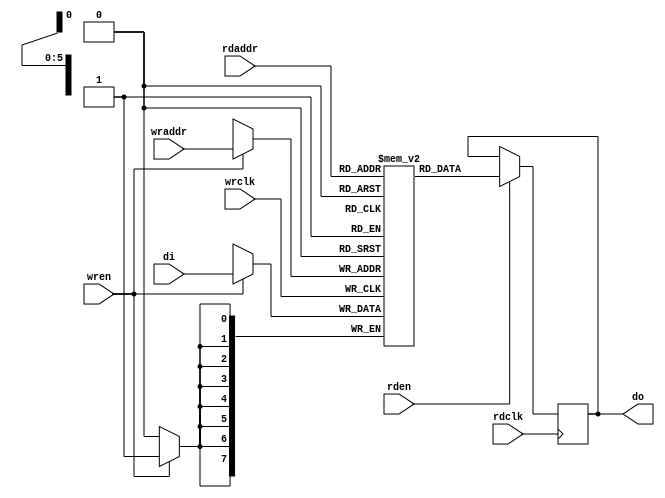
module ram0(
    // Write port
    input wrclk,
    input [7:0] di,
    input wren,
    input [5:0] wraddr,
    // Read port
    input rdclk,
    input rden,
    input [5:0] rdaddr,
    output reg [7:0] do);

    (* syn_ramstyle = "block_ram" *) reg [7:0] ram[0:63];

    initial begin
        ram[0] = 8'b00000001;
        ram[1] = 8'b10101010;
        ram[2] = 8'b01010101;
        ram[3] = 8'b11111111;
        ram[4] = 8'b11110000;
        ram[5] = 8'b00001111;
        ram[6] = 8'b11001100;
        ram[7] = 8'b00110011;
        ram[8] = 8'b00000010;
        ram[9] = 8'b00000100;
    end

    always @ (posedge wrclk) begin
        if(wren == 1) begin
            ram[wraddr] <= di;
        end
    end

    always @ (posedge rdclk) begin
        if(rden == 1) begin
            do <= ram[rdaddr];
        end
    end

endmodule